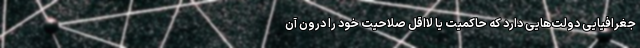
جغرافیایی دولت‌هایی دارد که حاکمیت یا لااقل صلاحیت خود را درون آن